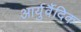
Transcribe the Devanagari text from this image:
आर्युर्वैदिक